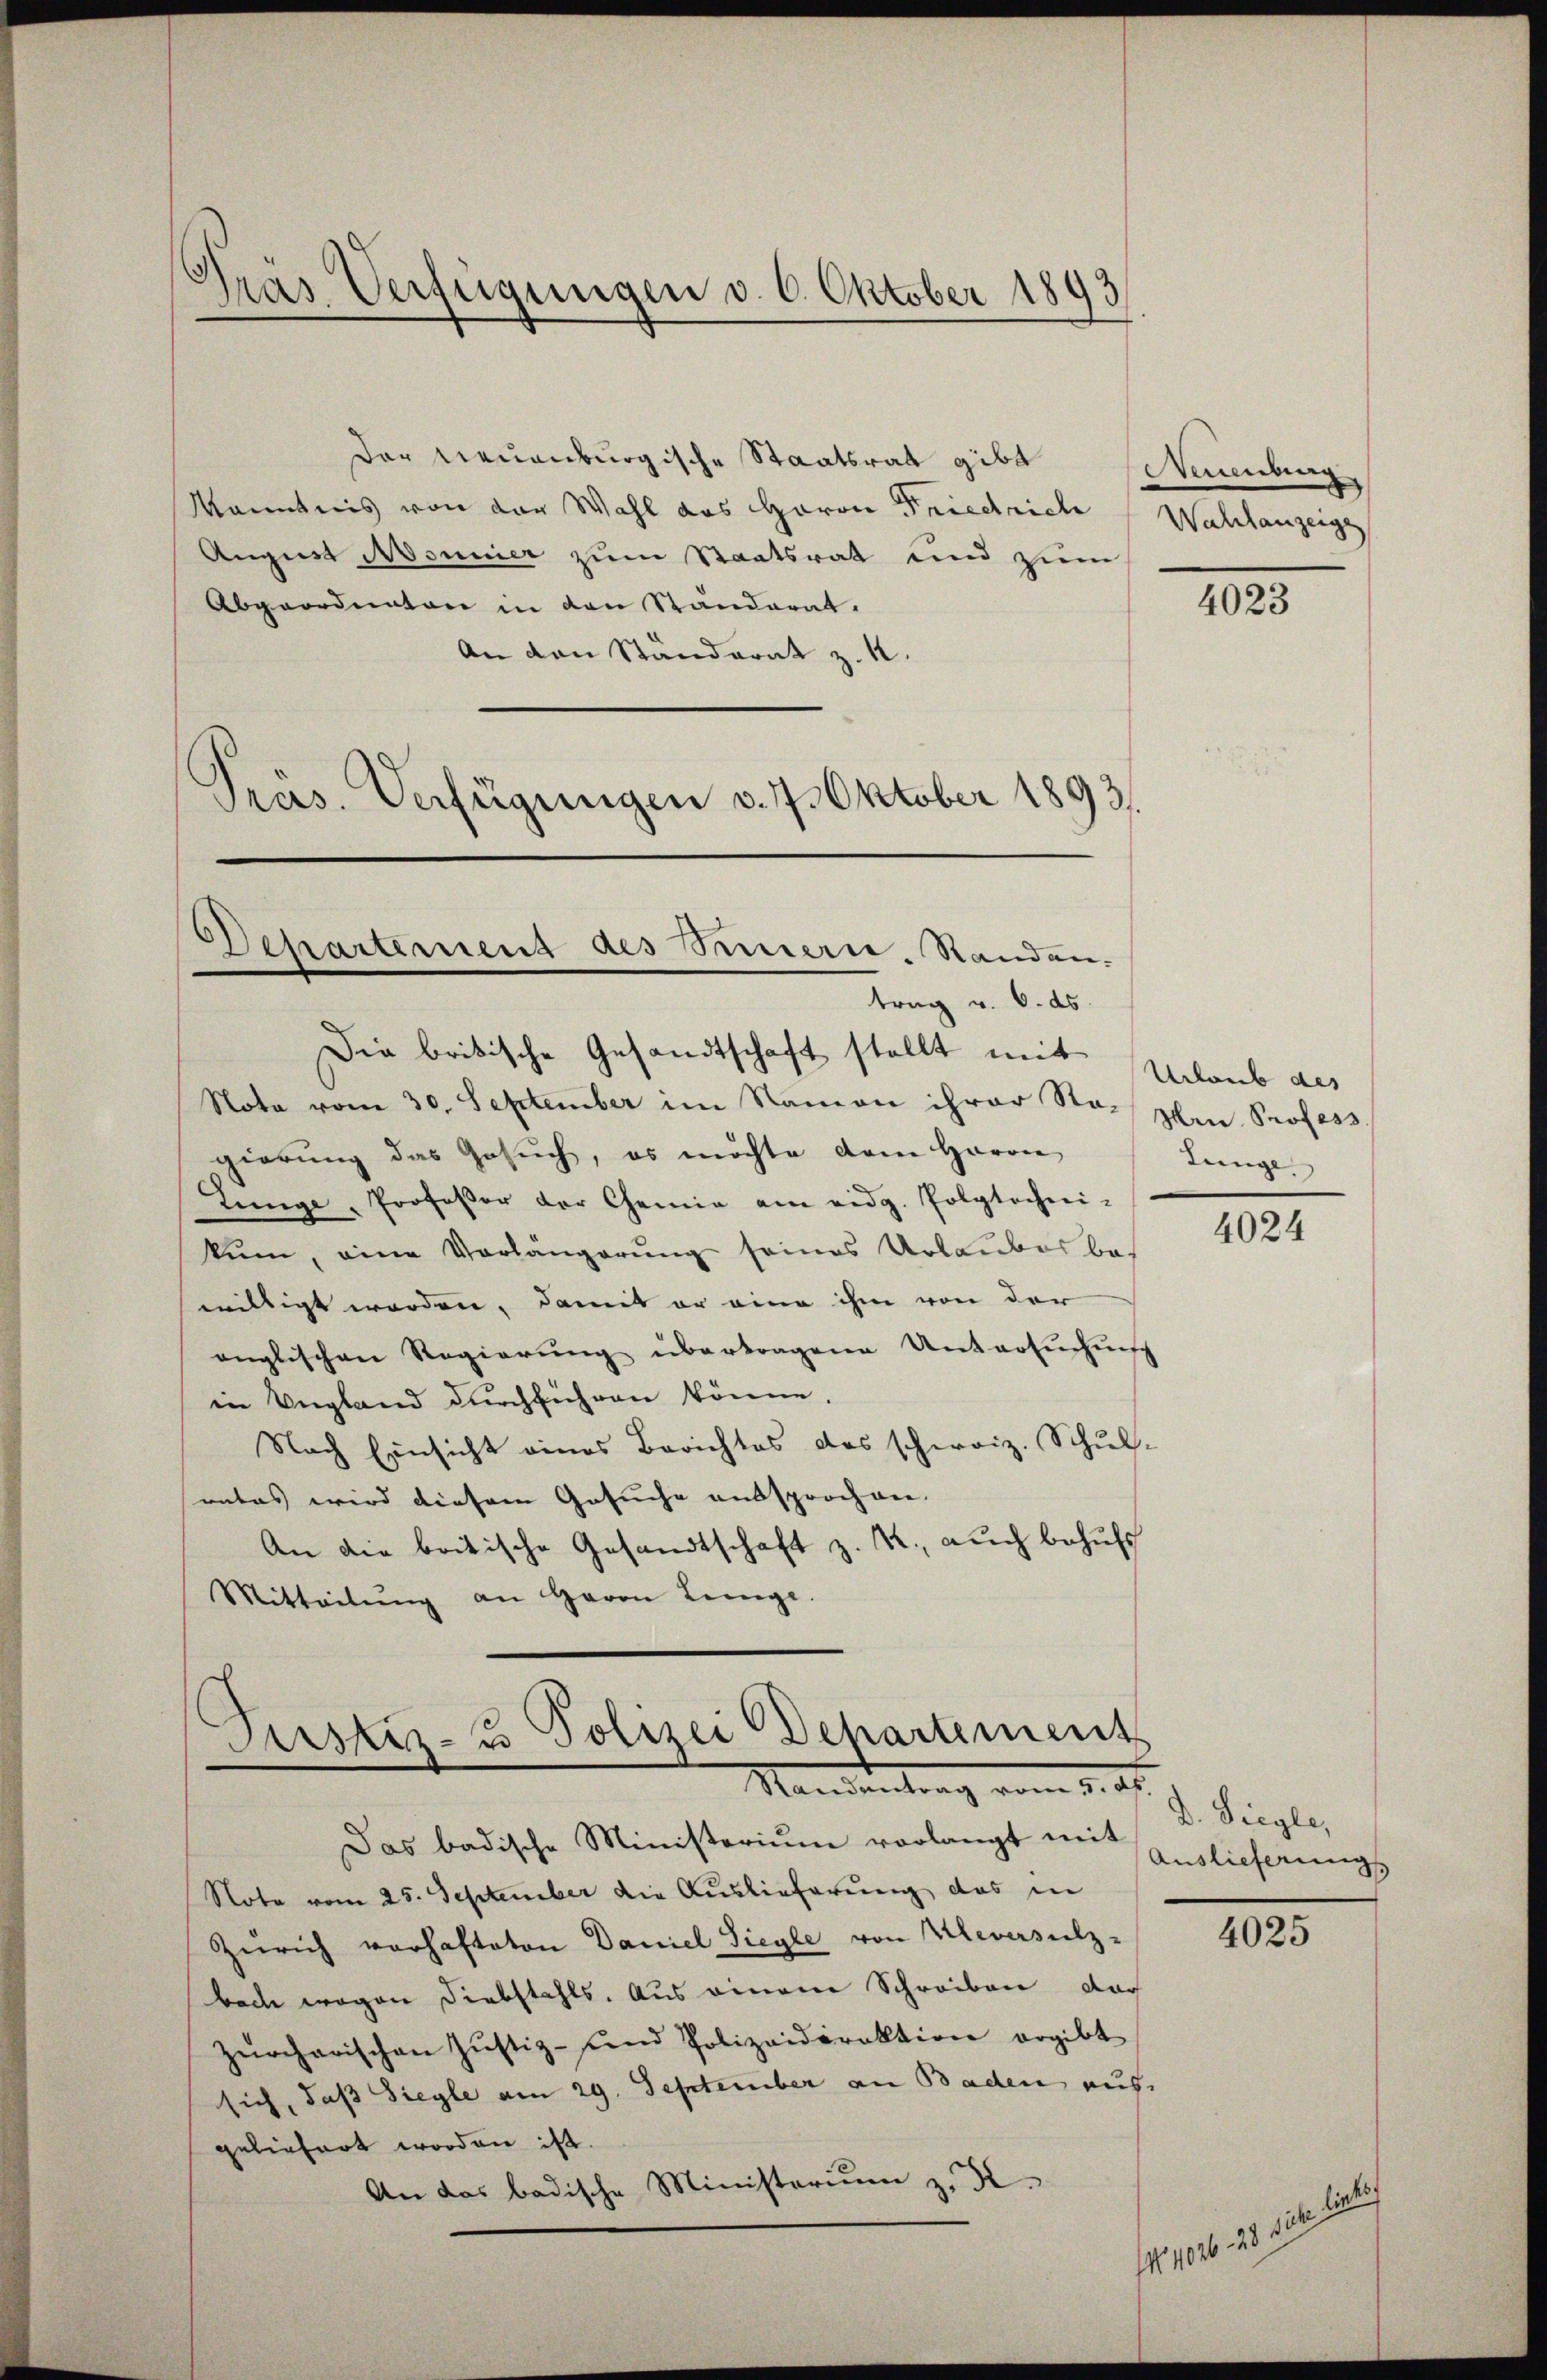
.
nas Verfügungen v. 6. Oktober 1893

Der neuenburgische Staatsrat gibt
Kenntnis von der Wahl das Haron Friedrich
August Monnier zum Staatsrat und zum
Abgeordneten in den Standerat.
An den Ständerat z. R.
Präs. Verfügungen v. 7. Oktober 1893.

Departemend des Sinnern, Standen.
trag v. 6. ds.

Die britische Gesandtschaft stellt mit Urlaub des

Note vom 30. September im Namen ihrer Sto- den Profess
gierung das Gesuch, es möchte dem Heron
Lunge, Professor der Chemie am eidg. Polytechni-
kum, eine Vorlängerung seines Urlaubes be-
willigt worden, damit er eine ihm von der
englischen Regierŭng übertragene Untersuchung
in Ungland durchführen könne,
Nach Einsicht eines Berichtes das schweiz. Schulrates wird diesem Gesuche aussprochen.
An die britische Gesandtschaft z. R., auch behŭfs
Mitteilŭng an Herrn Leinge.

Justiz- u Polizei Departement
Nandentrag vom 1. Js.

Das badische Ministerium vorlangt in Auslieferungs
Note vom 25. September die Auslieferung das in
Zürich verhafteten Daniel Siegle von Kleversilz-
bach wegen Diebstahls. Aus einem Schreiben doch
zürcharischen Jŭstiz- und Polizeidirektion ergibt
sich, daß Siegle am 29. September an Baden aus
geliefert worden ist.
An das badische Ministerium z. K.

Neuenburg,
Wahlanzeige
e

4023

tunge

4024

D. Siegle,

4025

pre al